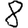
Digit: 8